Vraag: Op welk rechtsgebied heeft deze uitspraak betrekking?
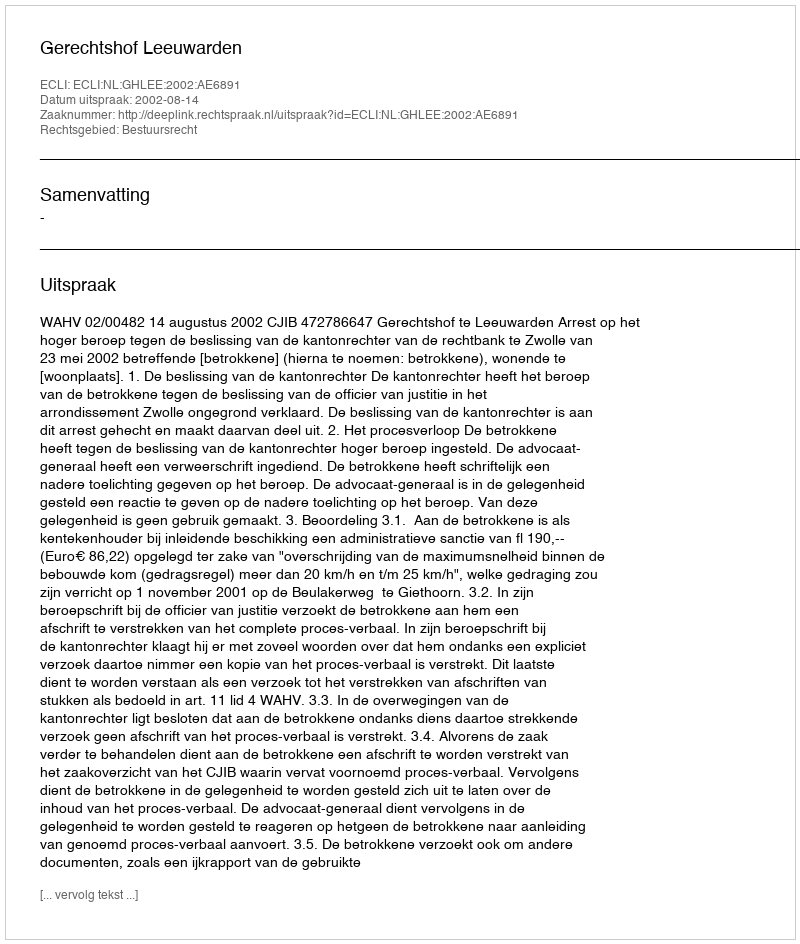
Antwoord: Bestuursrecht